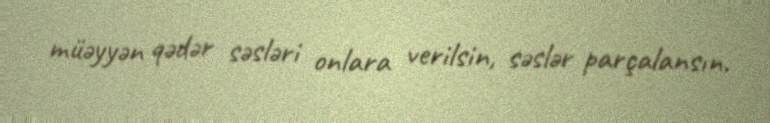
müəyyən qədər səsləri onlara verilsin, səslər parçalansın.